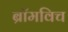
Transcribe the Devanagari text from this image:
ब्रॉमविच